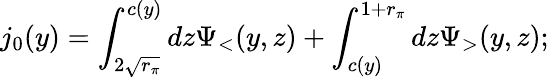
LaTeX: j_{0}(y)=\int_{2\sqrt{r_{\pi}}}^{c(y)}dz\Psi_{<}(y,z)+\int_{c(y)}^{1+r_{\pi}}dz\Psi_{>}(y,z);